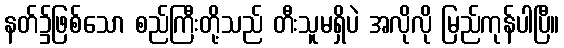
နတ်၌ဖြစ်သော စည်ကြီးတို့သည် တီးသူမရှိပဲ အလိုလို မြည်ကုန်ပါပြီ။